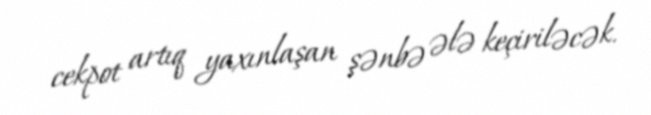
cekpot artıq yaxınlaşan şənbə ələ keçiriləcək.